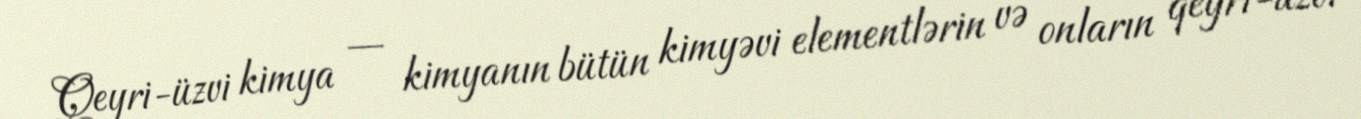
Qeyri-üzvi kimya — kimyanın bütün kimyəvi elementlərin və onların qeyri-üzvi